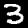
Label: 3